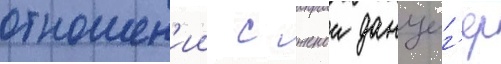
отношен'ии с женои данциг'ер